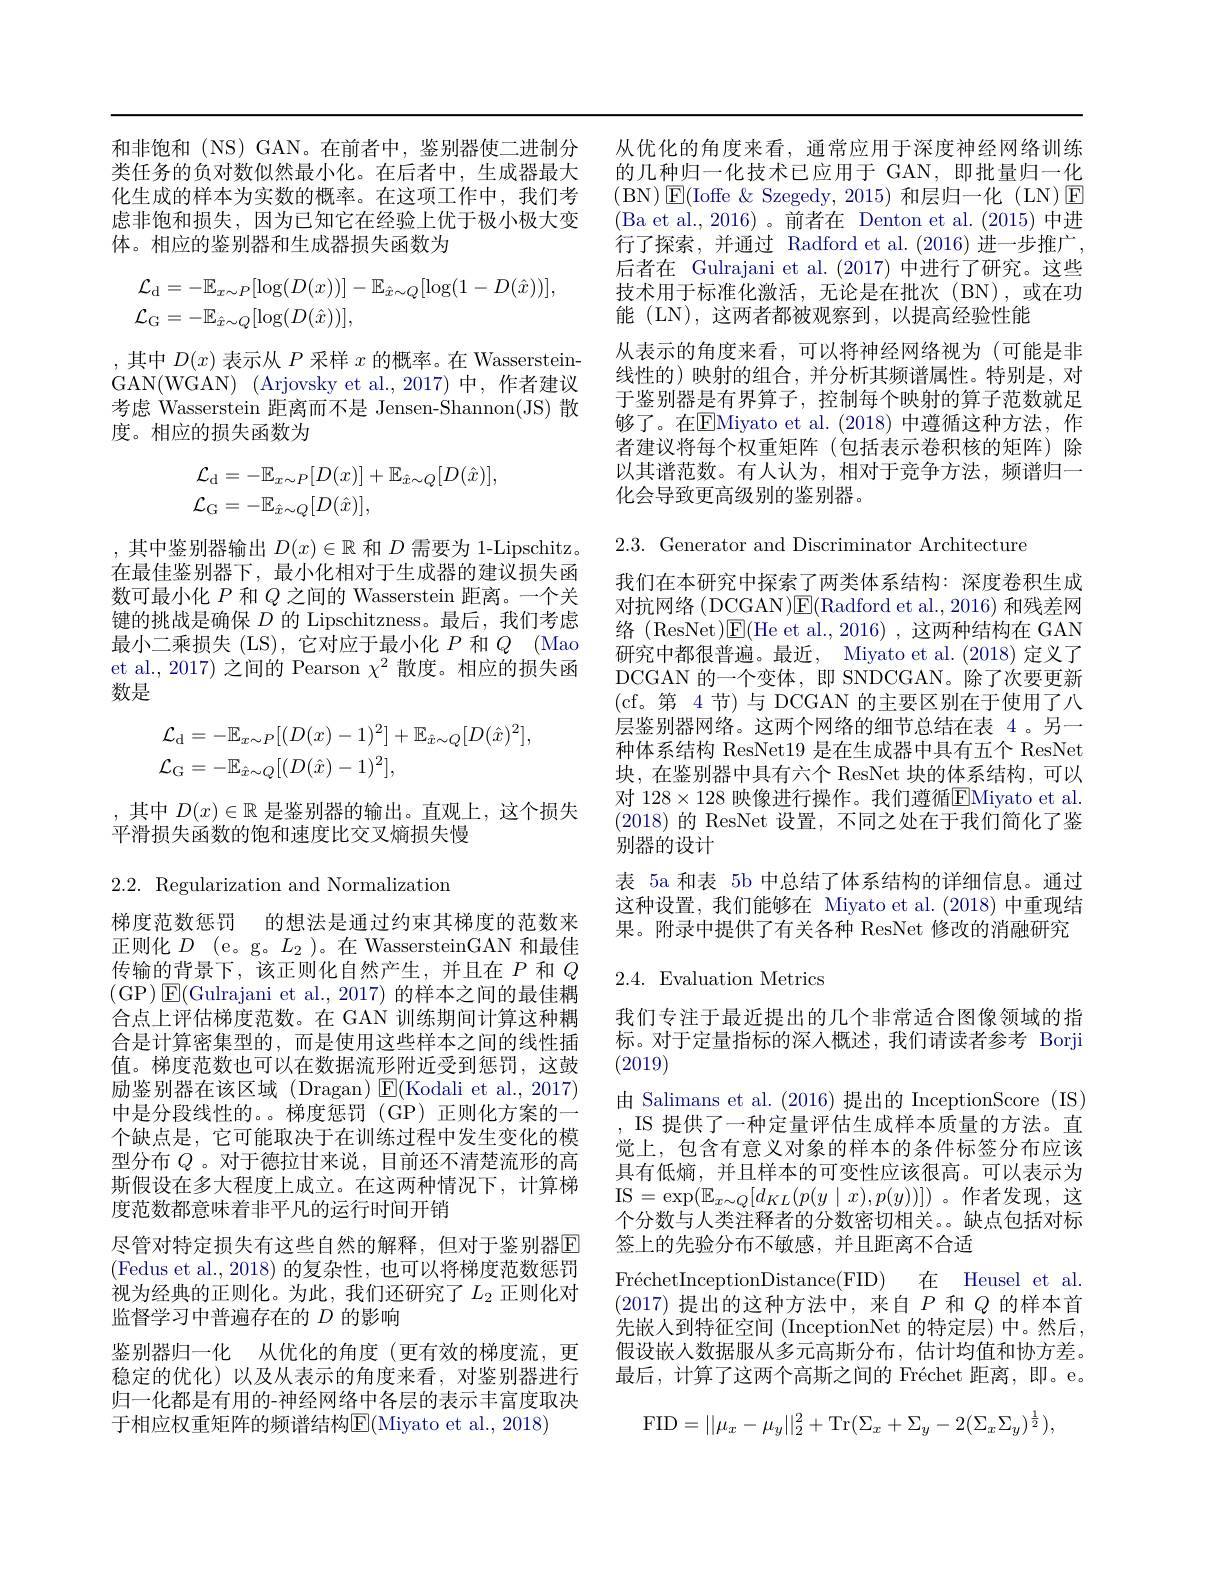
和非饱和 (NS) GAN。在前者中，鉴别器使二进制分 从优化的角度来看，通常应用于深度神经网络训练类任务的负对数似然最小化。在后者中，生成器最大 的几种归一化技术已应用于 GAN,即批量归一化化生成的样本为实数的概率。在这项工作中，我们考虑非饱和损失，因为已知它在经验上优于极小极大变体。相应的鉴别器和生成器损失函数为
$$\begin{aligned}&\mathcal{L}_{\mathrm{d}}=-\mathbb{E}_{x\sim P}[\log(D(x))]-\mathbb{E}_{\hat{x}\sim Q}[\log(1-D(\hat{x}))],\\&\mathcal{L}_{\mathrm{G}}=-\mathbb{E}_{\hat{x}\sim Q}[\log(D(\hat{x}))],\end{aligned}$$
,其中$D(x)$表示从$P$采样$x$的概率。在 WassersteinGAN(WGAN) (Arjovsky et al.,2017)中，作者建议考虑 Wasserstein 距离而不是 Jensen-Shannon(JS) 散度。相应的损失函数为
$$\begin{aligned}&\mathcal{L}_{\mathrm{d}}=-\mathbb{E}_{x\sim P}[D(x)]+\mathbb{E}_{\hat{x}\sim Q}[D(\hat{x})],\\&\mathcal{L}_{\mathrm{G}}=-\mathbb{E}_{\hat{x}\sim Q}[D(\hat{x})],\end{aligned}$$
,其中鉴别器输出$D(x)\in\mathbb{R}$和$D$需要为 1-Lipschitz。在最佳鉴别器下，最小化相对于生成器的建议损失函数可最小化$P$和$Q$之间的 Wasserstein 距离。一个关键的挑战是确保$D$的 Lipschitzness。最后，我们考虑最小二乘损失(LS),它对应于最小化$P$和$Q$ ( Mao) et al., 2017) 之间的 Pearson $\chi^{2}$散度。相应的损失函数是
$$\begin{aligned}&\mathcal{L}_{\mathrm{d}}=-\mathbb{E}_{x\sim P}[(D(x)-1)^{2}]+\mathbb{E}_{\hat{x}\sim Q}[D(\hat{x})^{2}],\\&\mathcal{L}_{\mathrm{G}}=-\mathbb{E}_{\hat{x}\sim Q}[(D(\hat{x})-1)^{2}],\end{aligned}$$
,其中$D(x)\in\mathbb{R}$是鉴别器的输出。直观上，这个损失
平滑损失函数的饱和速度比交叉熵损失慢

( BN) ${\mathsf{E} }($Ioffe$\&$Szegedy,2015)和层归一化(LN)E (Ba et al.,2016)。前者在 Denton et al.(2015)中进行了探索，并通过 Radford et al.(2016)进一步推广， 后者在 Gulrajani et al. (2017)中进行了研究。这些技术用于标准化激活，无论是在批次(BN),或在功能 (LN), 这两者都被观察到，以提高经验性能
从表示的角度来看，可以将神经网络视为(可能是非线性的)映射的组合，并分析其频谱属性。特别是，对于鉴别器是有界算子，控制每个映射的算子范数就足够了。在$\boxed{\mathrm{FMiyato~et~al.~}}(2018)$ 中遵循这种方法，作者建议将每个权重矩阵(包括表示卷积核的矩阵)除以其谱范数。有人认为，相对于竞争方法，频谱归一化会导致更高级别的鉴别器。

2.3. Generator and Discriminator Architecture

我们在本研究中探索了两类体系结构：深度卷积生成对抗网络 (DCGAN)E(Radford et al., 2016) 和残差网络 (ResNet)$\mathsf{E}($He et al.,2016) ,这两种结构在 GAN 研究中都很普遍。最近，Miyato et al.(2018) 定义了DCGAN 的一个变体，即 SNDCGAN。除了次要更新(cf。第 4节)与 DCGAN 的主要区别在于使用了八层鉴别器网络。这两个网络的细节总结在表 4 。另一种体系结构 ResNet19 是在生成器中具有五个 ResNet 块，在鉴别器中具有六个 ResNet 块的体系结构，可以对 128$\times128$ 映像进行操作。我们遵循$\boxed{\mathrm{FMiyato~et~al.}}$ (2018)的 ResNet 设置，不同之处在于我们简化了鉴别器的设计
表 5a 和表 5b 中总结了体系结构的详细信息。通过这种设置，我们能够在 Miyato et al.(2018)中重现结果。附录中提供了有关各种 ResNet 修改的消融研究

## 2.4. Evaluation Metrics

由 Salimans et al. (2016) 提出的 InceptionScore (IS) IS 提供了一种定量评估生成样本质量的方法。直

我们专注于最近提出的几个非常适合图像领域的指标。对于定量指标的深入概述，我们请读者参考 Borji (2019)
觉上，包含有意义对象的样本的条件标签分布应该具有低熵，并且样本的可变性应该很高。可以表示为IS$=\exp(\mathbb{E}_{x\sim Q}[d_{KL}(p(y\mid x),p(y))])$。作者发现，这个分数与人类注释者的分数密切相关。。缺点包括对标签上的先验分布不敏感，并且距离不合适
Fr$\' {e}$chetInceptionDistance( FID) 在 Heusel et al. (2017)提出的这种方法中，来自$P$和$Q$的样本首先嵌入到特征空间 (InceptionNet 的特定层) 中。然后， 假设嵌人数据服从多元高斯分布，估计均值和协方差。最后，计算了这两个高斯之间的 Fréchet 距离，即。e。
$$\mathrm{FID}=||\mu_x-\mu_y||_2^2+\mathrm{Tr}(\Sigma_x+\Sigma_y-2(\Sigma_x\Sigma_y)^{\frac{1}{2}}),$$
2.2. Regularization and Normalization
梯度范数惩罚 的想法是通过约束其梯度的范数来正则化$D$ (e。g。$L_2$ )。在 WassersteinGAN 和最佳传输的背景下，该正则化自然产生，并且在$P$和$Q$ (GP$)\boxtimes$E(Gulrajani et al., 2017) 的样本之间的最佳耦合点上评估梯度范数。在 GAN 训练期间计算这种耦合是计算密集型的，而是使用这些样本之间的线性插值。梯度范数也可以在数据流形附近受到惩罚，这鼓励鉴别器在该区域(Dragan)$\operatorname{E}($Kodali et al.,2017) 中是分段线性的。。梯度惩罚 (GP) 正则化方案的一个缺点是，它可能取决于在训练过程中发生变化的模型分布$Q$ 。对于德拉甘来说，目前还不清楚流形的高斯假设在多大程度上成立。在这两种情况下，计算梯度范数都意味着非平凡的运行时间开销
尽管对特定损失有这些自然的解释，但对于鉴别器$\overline{\mathrm{E}}$ (Fedus et al., 2018) 的复杂性，也可以将梯度范数惩罚视为经典的正则化。为此，我们还研究了$L_2$ 正则化对监督学习中普遍存在的$D$的影响
鉴别器归一化 从优化的角度(更有效的梯度流，更稳定的优化)以及从表示的角度来看，对鉴别器进行归一化都是有用的-神经网络中各层的表示丰富度取决于相应权重矩阵的频谱结构$\underline{\mathrm{E}}($Miyato et al., 2018)